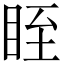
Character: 眰